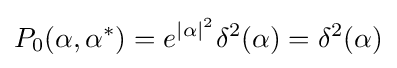
P_{0}(\alpha ,\alpha ^{*})=e^{|\alpha |^{2}}\delta ^{2}(\alpha )=\delta ^{2}(\alpha )